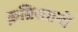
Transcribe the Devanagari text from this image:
क़ब्रिस्तानों